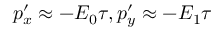
p _ { x } ^ { \prime } \approx - E _ { 0 } \tau , p _ { y } ^ { \prime } \approx - E _ { 1 } \tau